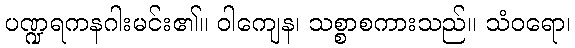
ပဏ္ဍရကနဂါးမင်း၏။ ဝါကျေန၊ သစ္စာစကားသည်။ သံဝရော၊